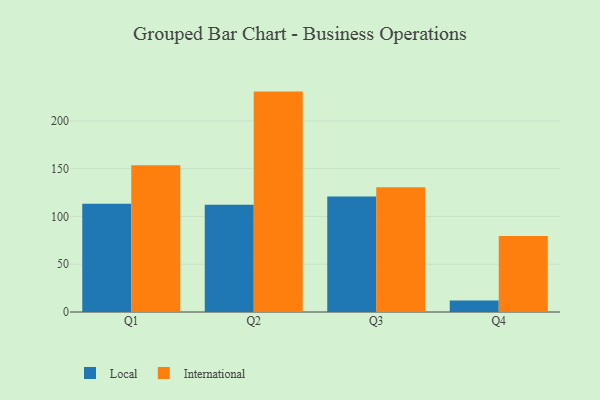
{"axis": {"x": "Quarter", "y": "Revenue (USD Million)"}, "legend": ["International", "Local"], "data": [{"x": "Q1", "y": 113.3, "type": "Local"}, {"x": "Q1", "y": 153.5, "type": "International"}, {"x": "Q2", "y": 112.2, "type": "Local"}, {"x": "Q2", "y": 230.6, "type": "International"}, {"x": "Q3", "y": 120.9, "type": "Local"}, {"x": "Q3", "y": 130.6, "type": "International"}, {"x": "Q4", "y": 12.0, "type": "Local"}, {"x": "Q4", "y": 79.6, "type": "International"}]}